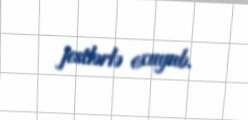
jestlərlə oxuyub.